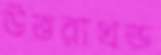
উত্তরাখন্ড